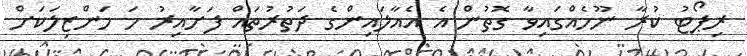
ރިޕޯޓު ކުރާ ނޫހެއްގައިވާ ގޮތުން އެ އެއާލައިންގެ ދަތުރުތައް ފަށާއިރު ހަ މަންޒިލަކަށް